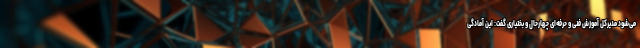
می‌شود مدیرکل آموزش فنی و حرفه‌ای چهارحال و بختیاری گفت: این آمادگی